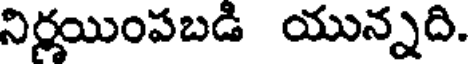
నిర్ణయింపబడి యున్నది.